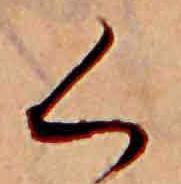
く